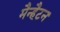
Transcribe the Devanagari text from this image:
मैन्हैटन